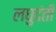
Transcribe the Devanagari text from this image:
लघुदंती